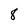
Character: 8